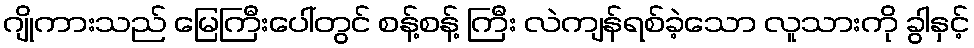
ဂျိုကားသည် မြေကြီးပေါ်တွင် စန့်စန့် ကြီး လဲကျန်ရစ်ခဲ့သော လူသားကို ခွါနှင့်